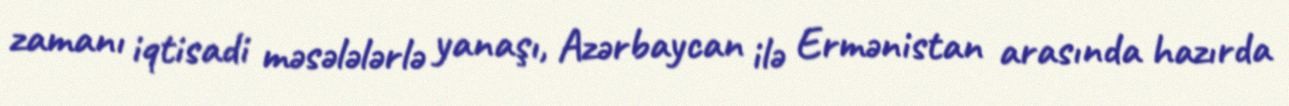
zamanı iqtisadi məsələlərlə yanaşı, Azərbaycan ilə Ermənistan arasında hazırda